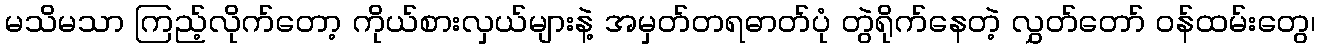
မသိမသာ ကြည့်လိုက်တော့ ကိုယ်စားလှယ်များနဲ့ အမှတ်တရဓာတ်ပုံ တွဲရိုက်နေတဲ့ လွှတ်တော် ဝန်ထမ်းတွေ၊